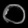
Digit: ၀